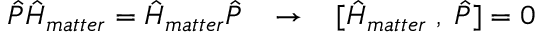
\hat { P } \hat { H } _ { m a t t e r } = \hat { H } _ { m a t t e r } \hat { P } \; \; \; \to \; \; \; [ \hat { H } _ { m a t t e r } \; , \; \hat { P } ] = 0